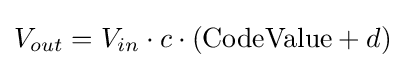
V_{out}=V_{in}\cdot c\cdot (\mathrm {CodeValue} +d)